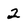
Character: 2